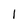
Character: 1